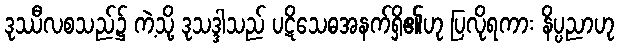
ဒုဿီလစသည်၌ ကဲ့သို့ ဒုသဒ္ဒါသည် ပဋိသေဓအနက်ရှိ၏ဟု ပြလိုရကား နိပ္ပညာဟု